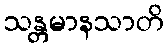
သန္တမာနသာတိ